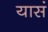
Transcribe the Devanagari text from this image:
यासं